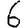
Digit: 6